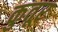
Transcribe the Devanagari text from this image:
कुतूर